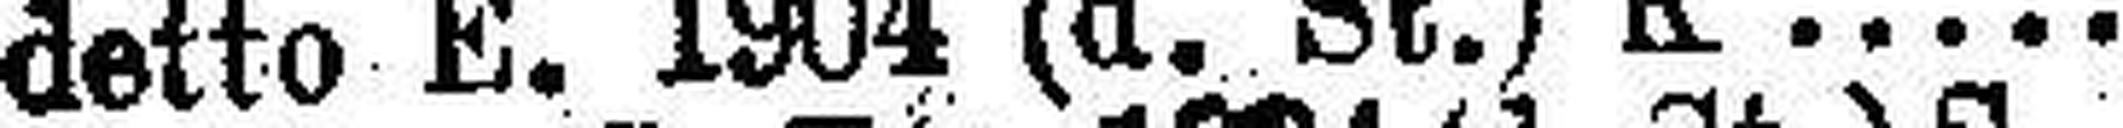
detto L. 1904 (d. St.) K 4